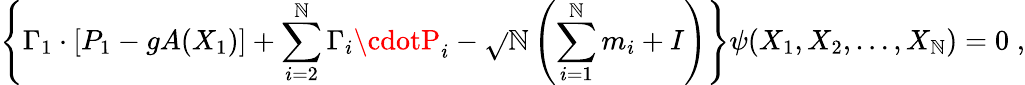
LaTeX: \left\{ \Gamma_{1}\cdot\left[P_{1}-gA(X_{1})\right]+\sum_{i=2}^{\mathbb{N}}\Gamma_{i}\cdotP_{i}-\sqrt{}{{\mathbb{N}}}\left(\sum_{i=1}^{\mathbb{N}}m_{i}+I\right)\right\} \psi(X_{1},X_{2},\ldots,X_{\mathbb{N}})=0\; ,